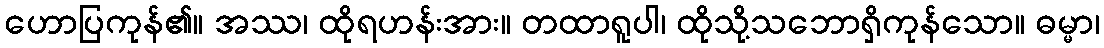
ဟောပြကုန်၏။ အဿ၊ ထိုရဟန်းအား။ တထာရူပါ၊ ထိုသို့သဘောရှိကုန်သော။ ဓမ္မာ၊